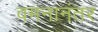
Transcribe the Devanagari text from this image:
वमनानंतर